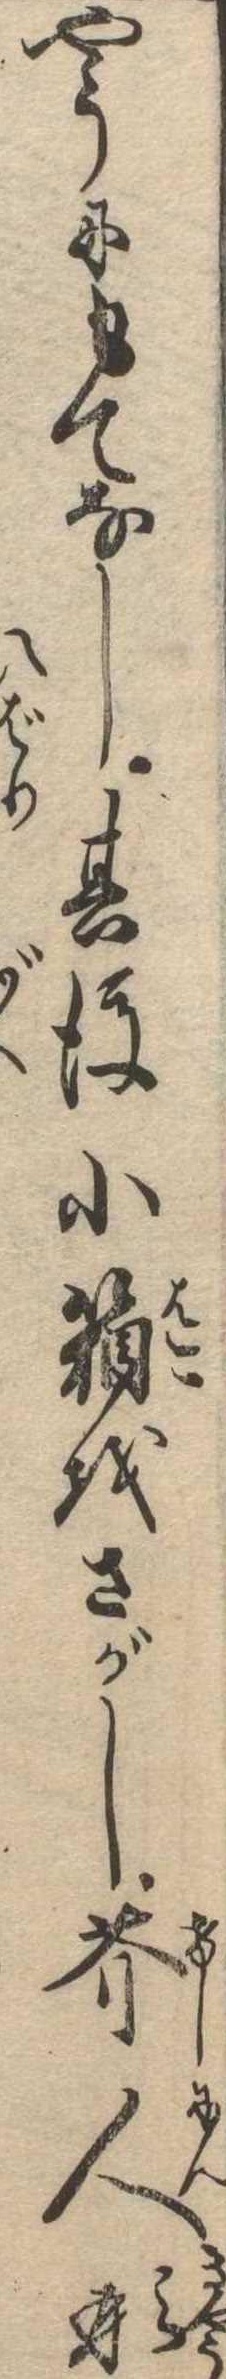
やうにもてなし其後小箱をさがし芥人形